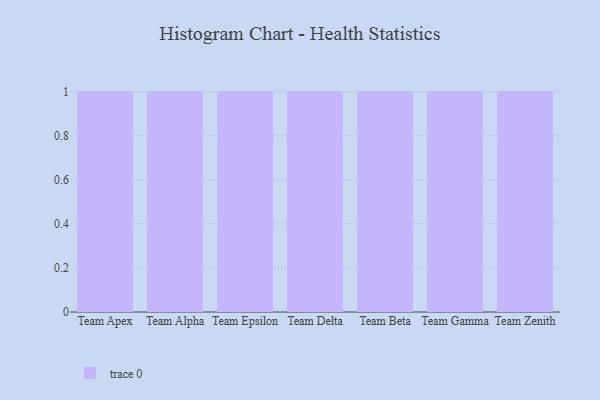
{"axis": {"x": "Team", "y": "Revenue (USD Million)"}, "legend": [""], "data": [{"x": "Team Apex", "y": 52, "type": ""}, {"x": "Team Alpha", "y": 5, "type": ""}, {"x": "Team Epsilon", "y": 38, "type": ""}, {"x": "Team Delta", "y": 13, "type": ""}, {"x": "Team Beta", "y": 11, "type": ""}, {"x": "Team Gamma", "y": 69, "type": ""}, {"x": "Team Zenith", "y": 54, "type": ""}]}